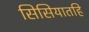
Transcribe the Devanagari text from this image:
सिसियातहि